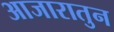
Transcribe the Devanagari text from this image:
आजारातुन